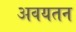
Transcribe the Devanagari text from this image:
अवयतन